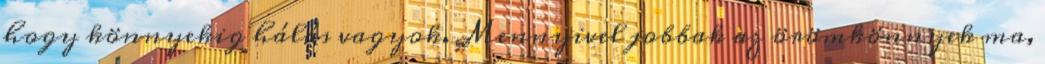
hogy könnyekig hálás vagyok. Mennyivel jobbak az örömkönnyek ma,